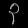
Digit: ၃